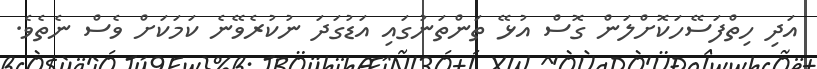
އަދި ހިތްފަސޭހަކޮށްލަން ގޮސް އުޅޭ ތަންތަނުގައި އަޑުގަދަ ނުކުރެވޭނެ ކަމަކަށް ވެސް ނެތެވެ.